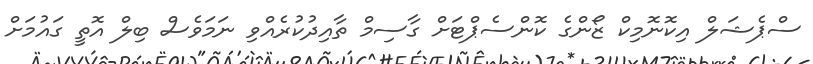
ސްޕެޝަލް އިކޮނޮމިކް ޒޯންގެ ކޮންސެޕްޓަށް ގާސިމް ތާއިދުކުރެއްވި ނަމަވެސް ބިލް އޮތީ ގައުމަށް